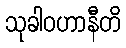
သုခါဝဟာနီတိ